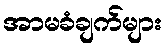
အာမခံချက်များ